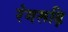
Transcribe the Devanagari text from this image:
रंगरूढ़ि